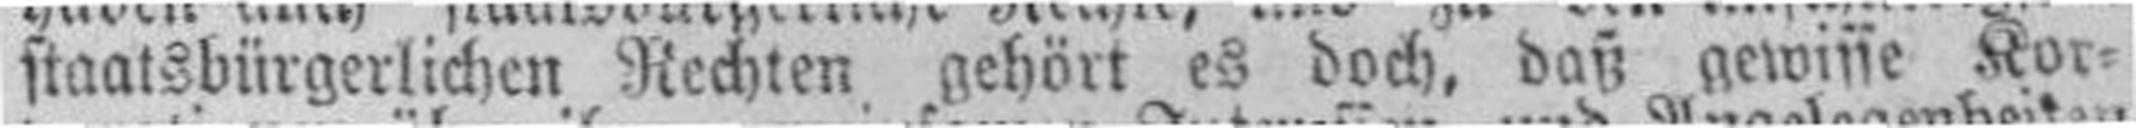
staatsbürgerlichen Rechten gehört es doch, daß gewisse Kor¬